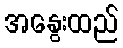
အနွေးထည်